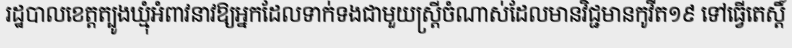
រដ្ឋបាលខេត្តត្បូងឃ្មុំអំពាវនាវឱ្យអ្នកដែលទាក់ទងជាមួយស្ត្រីចំណាស់ដែលមានវិជ្ជមានកូវីត១៩ ទៅធ្វើតេស្តិ៍